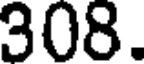
308.